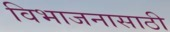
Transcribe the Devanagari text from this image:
विभाजनासाठी